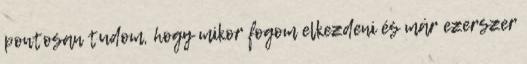
pontosan tudom, hogy mikor fogom elkezdeni és már ezerszer